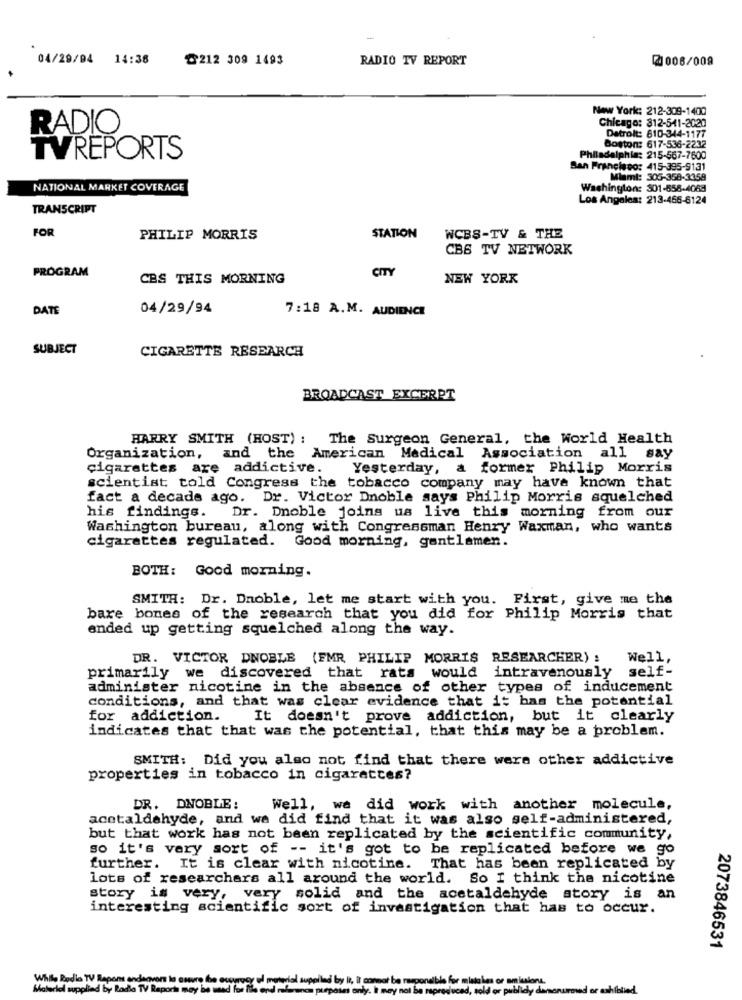
04/29/04 14:38
₾212 309 1493
RADIO TV REPORT
2006/009
New York: 212-309-1400
Chicago: 312-541-2020
RADIO
Detroit: 610-344-1177
Boston: 617-536-2232
TVREPORTS
Philadelphia: 215-567-7600
San Francisco: 415-395-9131
Miami: 305-358-3358
NATIONAL MARKET COVERAGE
Washington: 301-658-4068
Los Angeles: 213-466-6124
TRANSCRIPT
FOR
PHILIP MORRIS
STATION
WCBS-TV & THE
CBS TV NETWORK
PROGRAM
CITY
CES THIS MORNING
NEW YORK
DATS
04/29/94
7:18 A.M. AUDIENCE
SUBJECT
CIGARETTE RESEARCH
BROADCAST EXCERPT
HARRY SMITH (HOST) : The Surgeon General, the World Health
Organization, and the American Medical Association all say
cigarettes are addictive.
Yesterday, a former Philip Morris
scientist told Congress the tobacco company may have known that
fact a decade ago. Dr. Victor Dnoble says Philip Morris squelched
his findings. Dr. Dnoble joins us live this morning from our
Washington bureau, along with Congressman Henry Waxman, who wants
cigarettes regulated. Good morning, gentlemen.
BOTH: Good morning.
SMITH: Dr. Dnoble, let me start with you. First, give me the
bare bones of the research that you did for Philip Morris that
ended up getting squelched along the way.
DR. VICTOR DNOBLE (FMR PHILIP MORRIS RESEARCHER) : Well,
primarily we discovered that rats would intravenously self-
administer nicotine in the absence of other types of inducement
conditions, and that was clear evidence that it has the potential
for addiction.
It doesn't prove addiction, but it clearly
indicates that that was the potential, that this may be a problem.
SMITH: Did you also not find that there were other addictive
properties in tobacco in cigarettes?
DR. DNOBLE:
Well, we did work with another molecule,
acetaldehyde, and wa did find that it was also self-administered,
but that work has not been replicated by the scientific community,
so it's very sort of -- it's got to be replicated before we go
further. It is clear with nicotine. That has been replicated by
lots of researchars all around the world. So I think the nicotine
story is very, very solid and the acetaldehyde story is an
interesting scientific sort of investigation that has to occur.
2073846531
While Rodia TV Hapens endenvon
Material supplied by Radio TV Rapo